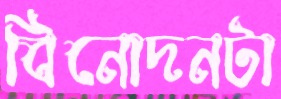
বিনোদনটা